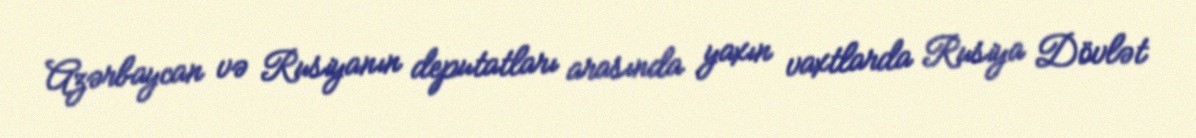
Azərbaycan və Rusiyanın deputatları arasında yaxın vaxtlarda Rusiya Dövlət